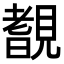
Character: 𧡺